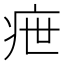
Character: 疶